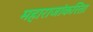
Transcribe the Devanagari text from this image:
महाराजांकरिता